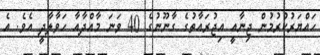
ހައްޔަރުކުރުމުން ޖިނާއީ އިޖުރައާތުގެ ގާނޫނުގެ 40 ވަނަ މާއްދާއާ ހަވާލާދީ އެވެ. އެ